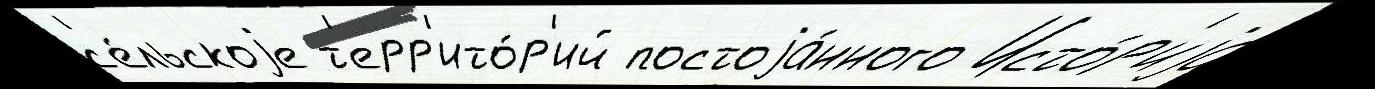
с'е́льскоjе т'ерр'ито́р'ий постоjа́нного Исто́р'иjа